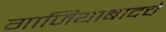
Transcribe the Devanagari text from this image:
गाजियाबादचे